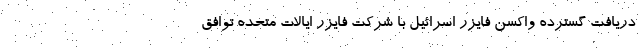
دریافت گسترده واکسن فایزر اسرائیل با شرکت فایزر ایالات متحده توافق